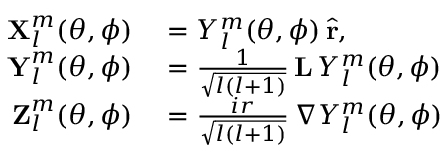
\begin{array} { r l } { \boldsymbol { \mathbf { X } } _ { l } ^ { m } ( \theta , \phi ) } & { { } = Y _ { l } ^ { m } ( \theta , \phi ) \, \hat { \boldsymbol { \mathbf { r } } } , } \\ { \boldsymbol { \mathbf { Y } } _ { l } ^ { m } ( \theta , \phi ) } & { { } = \frac { 1 } { \sqrt { l ( l + 1 ) } } \, \mathbf { L } \, Y _ { l } ^ { m } ( \theta , \phi ) } \\ { \boldsymbol { \mathbf { Z } } _ { l } ^ { m } ( \theta , \phi ) } & { { } = \frac { i r } { \sqrt { l ( l + 1 ) } } \, \boldsymbol { \nabla } Y _ { l } ^ { m } ( \theta , \phi ) } \end{array}